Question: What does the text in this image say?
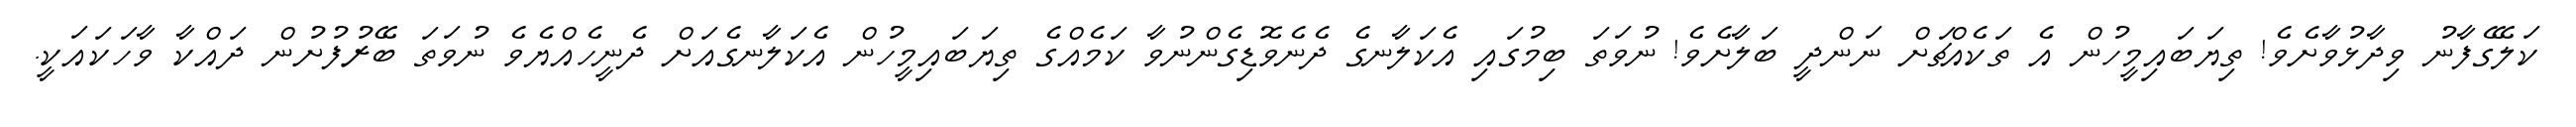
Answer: ކަލޭގެފާނު ވިދާޅުވާށެވެ! ތިޔަބައިމީހުން އެ ތަކެއްޗަށް ނަންދީ ބަލާށެވެ! ނުވަތަ ބިމުގައި އެކަލާނގެ ދެނެވޮޑިގެންނުވާ ކަމެއްގެ ތިޔަބައިމީހުން އެކަލާނގެއަށް ދެނީހެއްޔެވެ ނުވަތަ ބޭރުފުށުން ދައްކާ ވާހަކައަކީ.